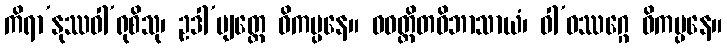
ကိရာ’နုဿဝါ’ရုစိသု၊ ဥဒါ’ပျတ္ထေ ဝိကပ္ပနေ။ ဝဝတ္ထိတဝိဘာသာယံ၊ ဝါ’ဝဿဂ္ဂေ ဝိကပ္ပနေ။